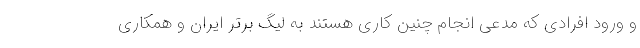
و ورود افرادی که مدعی انجام چنین کاری هستند به لیگ برتر ایران و همکاری